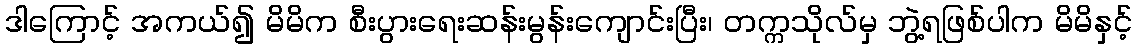
ဒါကြောင့် အကယ်၍ မိမိက စီးပွားရေးဆန်းမွန်းကျောင်းပြီး၊ တက္ကသိုလ်မှ ဘွဲ့ရဖြစ်ပါက မိမိနှင့်